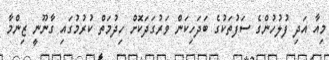
މިއާ އަދި ފުލުހުންގެ ސަފުތަކުގެ ބަދަހިކަން ވަރުގަދަކޮށް ހިދުމަތް ކުރުމުގައި ގާނޫނީ ޒިންމާ